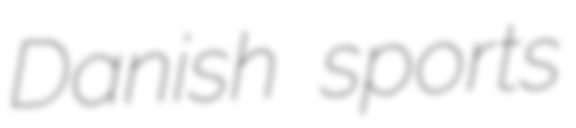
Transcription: Danish sports